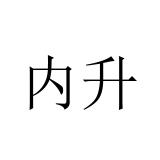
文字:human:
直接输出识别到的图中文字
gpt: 内升